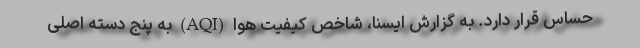
حساس قرار دارد. به گزارش ایسنا، شاخص کیفیت هوا (AQI) به پنج دسته اصلی